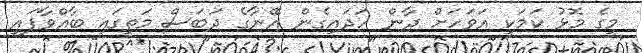
މީގެ މޮޅު ކަމަކީ އަވަހަށް ދާން ހަދައިގެން އޭނާގެ ދަބަސް މަތީގައި ބާއްވާފައި